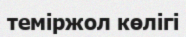
теміржол көлігі